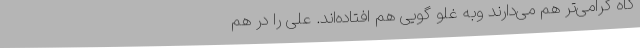
گاه گرامی‌تر هم می‌دارند وبه غلو گویی هم افتاده‌اند. علی را در هم